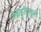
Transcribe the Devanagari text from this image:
सेकेंड्ररीस्कूल